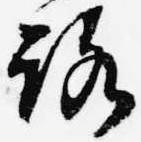
路